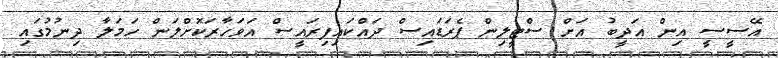
އޭސީސީ އިން އަދީބު އަށް ސްޓީލިން ޕެރަޑައިސް ދައްކައިފިރައީސް އަވަހާރަކޮށްލަން ހަމަލާ ދިނުމުގައި